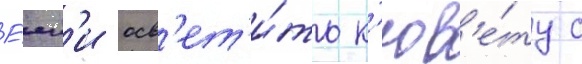
Е́сл'и осв'ет'и́ть к'юв'е́ту с